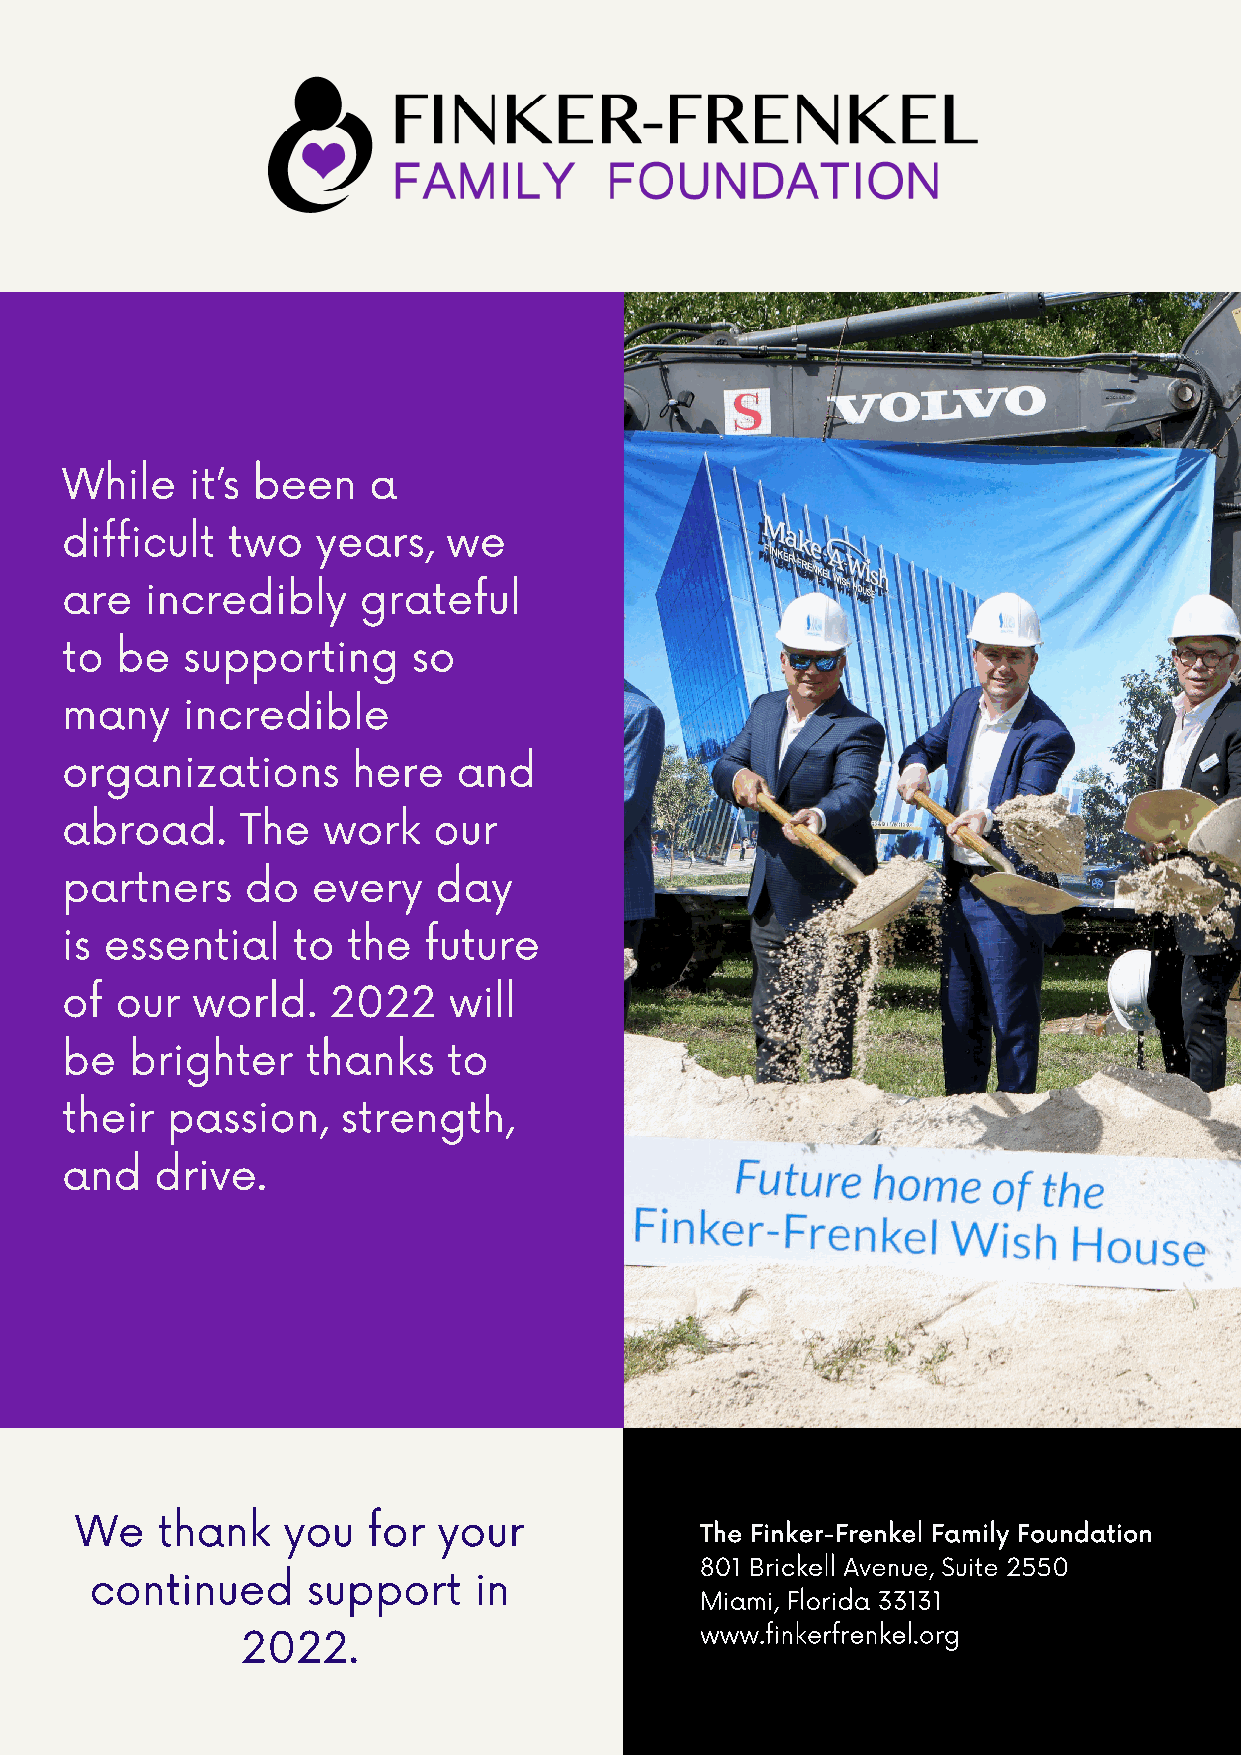
While    it’s been  a
 difficult  two   years,   we
 are   incredibly    grateful
 to  be  supporting     so
 many    incredible
 organizations      here   and
 abroad.     The  work    our
 partners    do   every   day
 is essential   to  the  future
 of  our  world.   2022    will
 be   brighter   thanks    to
 their  passion,    strength,
 and   drive.
 We   thank    you  for  your
 The Finker-Frenkel Family Foundation
 801 Brickell Avenue, Suite 2550
 continued     support    in
 Miami, Florida 33131
 2022.                         www.finkerfrenkel.org